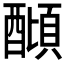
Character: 𨢣